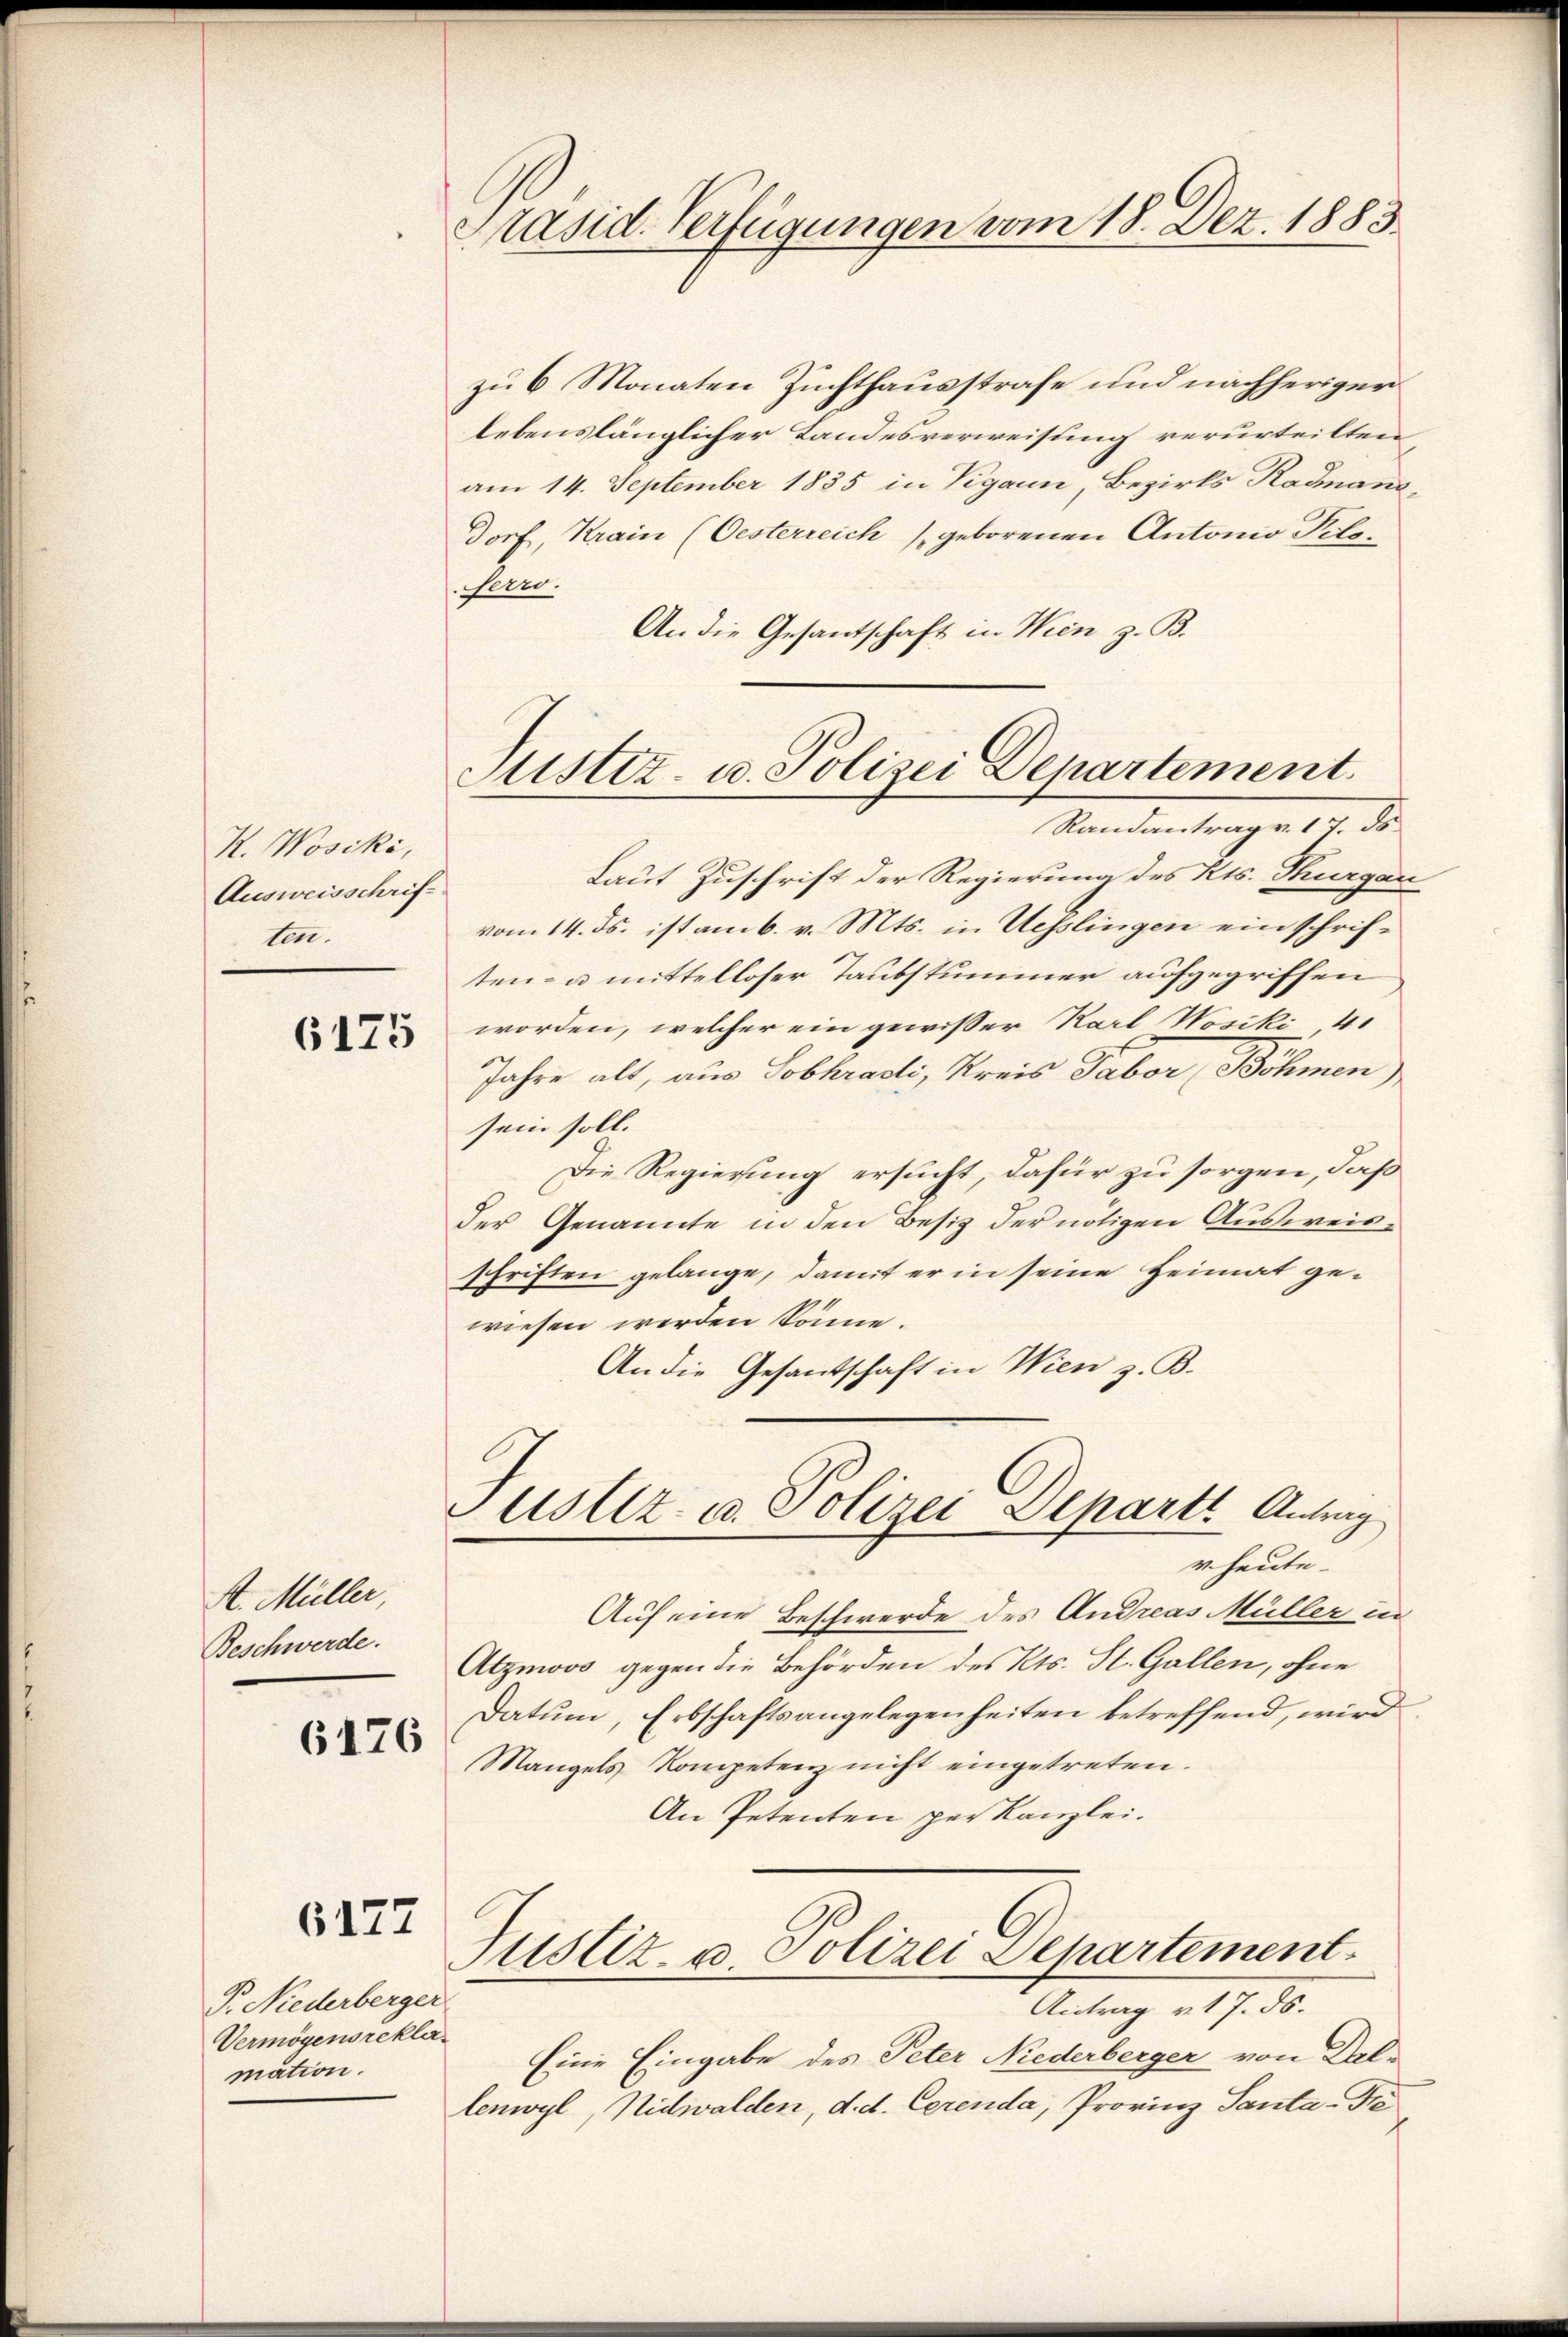
K. Wosiki,
Ausweisschriften.

6175

A. Müller,
Beschwerde.
6176

6177

Präsid. Verfügungen vom 18. Dez. 1883.

P. Niederberger
Vermögensreklamation.

Sistiz- u. Polizei Departement.
Randantrag v. 17. ds

Justiz- u. Polizei Departi Antrag
r heute.

zu 6 Monaten Zuchthausstrafe und nachheriger
lebenslänglicher Landesverweisung verurteilten,
am 14. September 1835 in Vigann, Bezirks Raumans,
Dorf, Krain (Oesterreich geborenen Antonio Pelefen.
An die Gesantschaft in Wien z. B.
Laut Zuschrift der Regierung des Kts. Thurgau
vom 14. ds. ist am 6. v. Mts. in Uesslingen ein schriften- u. mittelloser Taubstummer aufgegriffen
worden, welcher ein gewisser Karl Wosiki, 41
Jahre alt, aus Lobkracti, Kreis Tabor (Böhmen,
sein soll.
Die Regierung ersucht, dafür zu sorgen, daß
der Genannte in den Besitz der nötigen Ausweisschriften gelange, damit er in seine Heimat gewiesen werden könne.
An die Gesantschaft in Wien z. B.

Auf eine Beschwerde des Andreas Müller in
Atzmovo gegen die Behörden des Kts. St. Gallen, ohne
Datum, Erbschaftsangelegenheiten betreffend, wird
Mangels Kompetenz nicht eingetreten.
An Petenten per Kanzlei.

Justiz- u Polizei Departement

Antrag v. 17. ds.
Eine Eingabe des Peter Niederberger von Dal-
lenwyl, Nidwalden, d. d. Cerenda, Provinz Santa-Tre¬